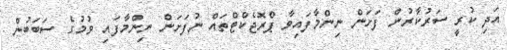
އަދި ކުރީ ސަރުކާރުން ފަށަން ނިންމާފައިވާ ޕްރޮޖެކްޓްތައް ނުފަށަން ނިންމާފައި ވުމުގެ ސަބަބުން